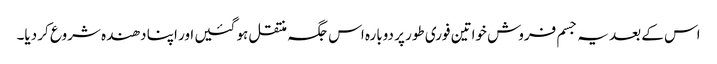
اس کے بعد یہ جسم فروش خواتین فوری طور پر دوبارہ اس جگہ منتقل ہو گئیں اور اپنا دھندہ شروع کر دیا۔